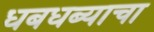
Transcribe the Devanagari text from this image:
धबधब्याचा